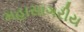
મહાસાગરીય